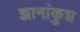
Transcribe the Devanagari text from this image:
ज्ञानांकुश